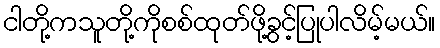
ငါတို့ကသူတို့ကိုစစ်ထုတ်ဖို့ခွင့်ပြုပါလိမ့်မယ်။